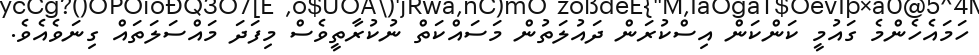
ހަމައެހެންމެ ގައުމީ ކަންކަން އިސްކުރަން ދައުލަތުން މަސައްކަތް ނުކުރާތީވެސް މިފަދަ މައްސަލަތައް ގިނަވެއެވެ.